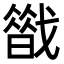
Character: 𢨈